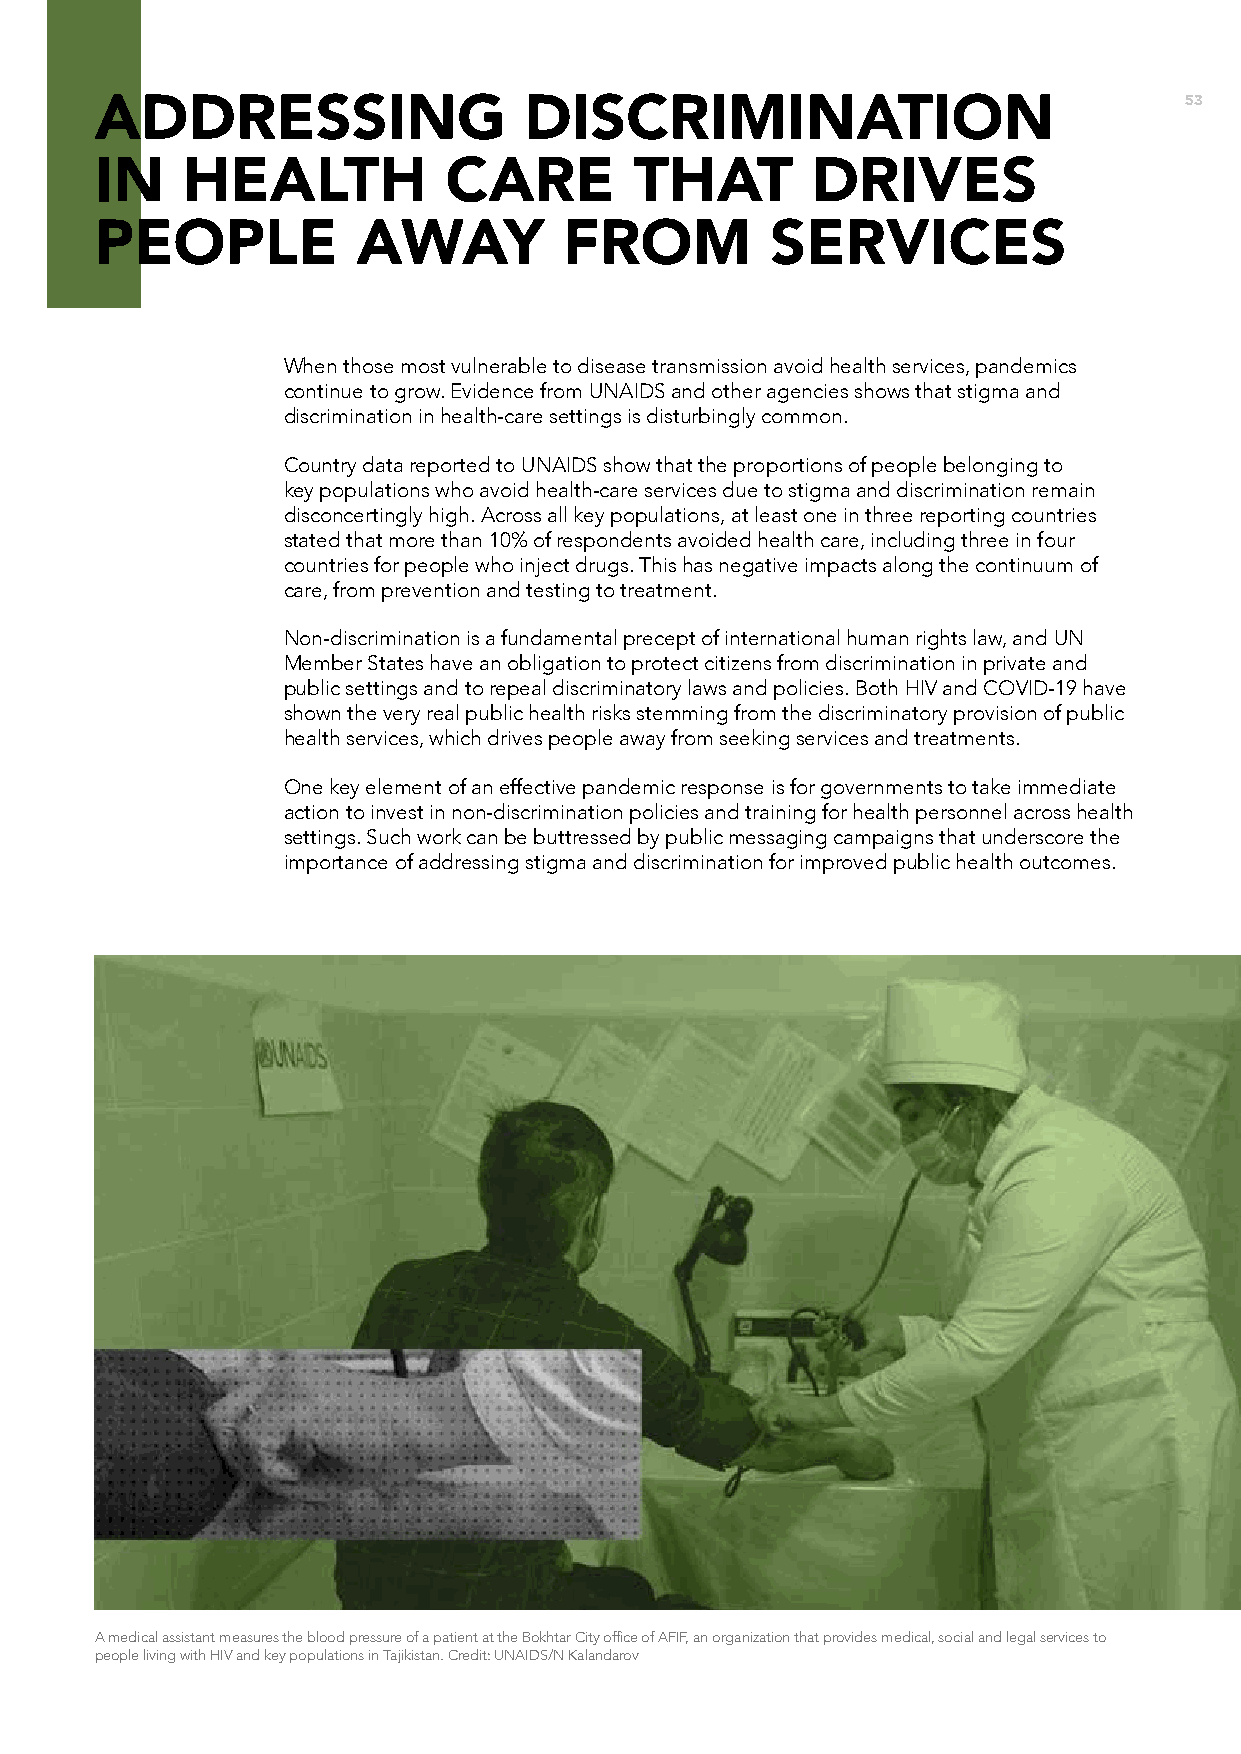
53
 ADDRESSING                   DISCRIMINATION
 IN    HEALTH           CARE         THAT        DRIVES
 PEOPLE            AWAY         FROM          SERVICES
 When those most vulnerable to disease transmission avoid health services, pandemics
 continue to grow. Evidence from UNAIDS and other agencies shows that stigma and
 discrimination in health-care settings is disturbingly common.
 Country data reported to UNAIDS show that the proportions of people belonging to
 key populations who avoid health-care services due to stigma and discrimination remain
 disconcertingly high. Across all key populations, at least one in three reporting countries
 stated that more than 10% of respondents avoided health care, including three in four
 countries for people who inject drugs. This has negative impacts along the continuum of
 care, from prevention and testing to treatment.
 Non-discrimination is a fundamental precept of international human rights law, and UN
 Member States have an obligation to protect citizens from discrimination in private and
 public settings and to repeal discriminatory laws and policies. Both HIV and COVID-19 have
 shown the very real public health risks stemming from the discriminatory provision of public
 health services, which drives people away from seeking services and treatments.
 One key element of an effective pandemic response is for governments to take immediate
 action to invest in non-discrimination policies and training for health personnel across health
 settings. Such work can be buttressed by public messaging campaigns that underscore the
 importance of addressing stigma and discrimination for improved public health outcomes.
 A medical assistant measures the blood pressure of a patient at the Bokhtar City office of AFIF, an organization that provides medical, social and legal services to
 people living with HIV and key populations in Tajikistan. Credit: UNAIDS/N Kalandarov